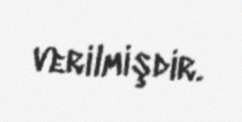
verilmişdir.